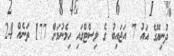
ދުނިޔޭގެ އައު 7 އަޖައިބު ގެ ލިސްޓްގައި ހިމެނުމަށް 177 ތަނެއް 24